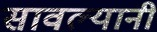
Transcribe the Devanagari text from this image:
सावल्यानी